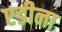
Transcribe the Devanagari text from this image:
एडीना